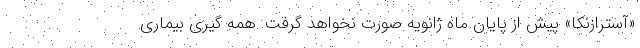
«آسترازنکا» پیش از پایان ماه ژانویه صورت نخواهد گرفت. همه گیری بیماری